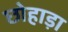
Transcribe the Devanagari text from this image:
छोहाड़ा